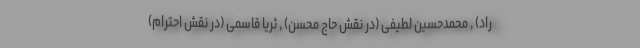
راد) , محمدحسین لطیفی (در نقش حاج محسن) , ثریا قاسمی (در نقش احترام)